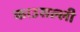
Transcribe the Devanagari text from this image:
काउसल्ली